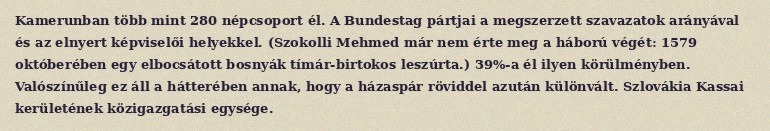
Kamerunban több mint 280 népcsoport él. A Bundestag pártjai a megszerzett szavazatok arányával és az elnyert képviselői helyekkel. (Szokolli Mehmed már nem érte meg a háború végét: 1579 októberében egy elbocsátott bosnyák tímár-birtokos leszúrta.) 39%-a él ilyen körülményben. Valószínűleg ez áll a hátterében annak, hogy a házaspár röviddel azután különvált. Szlovákia Kassai kerületének közigazgatási egysége.